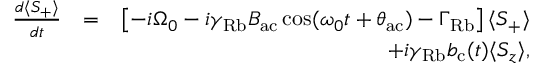
\begin{array} { r l r } { \frac { d \langle S _ { + } \rangle } { d t } } & { = } & { \left[ - i \Omega _ { 0 } - i \gamma _ { \mathrm { R b } } B _ { \mathrm { a c } } \cos ( \omega _ { 0 } t + \theta _ { \mathrm { a c } } ) - \Gamma _ { \mathrm { R b } } \right] \langle S _ { + } \rangle } \\ & { } & { + i \gamma _ { \mathrm { R b } } b _ { \mathrm { c } } ( t ) \langle S _ { z } \rangle , } \end{array}